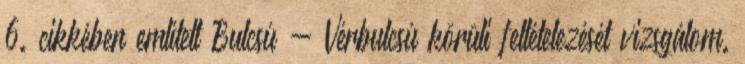
6. cikkében említett Bulcsú - Vérbulcsú körüli feltételezését vizsgálom.